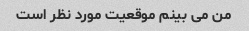
من می بینم موقعیت مورد نظر است